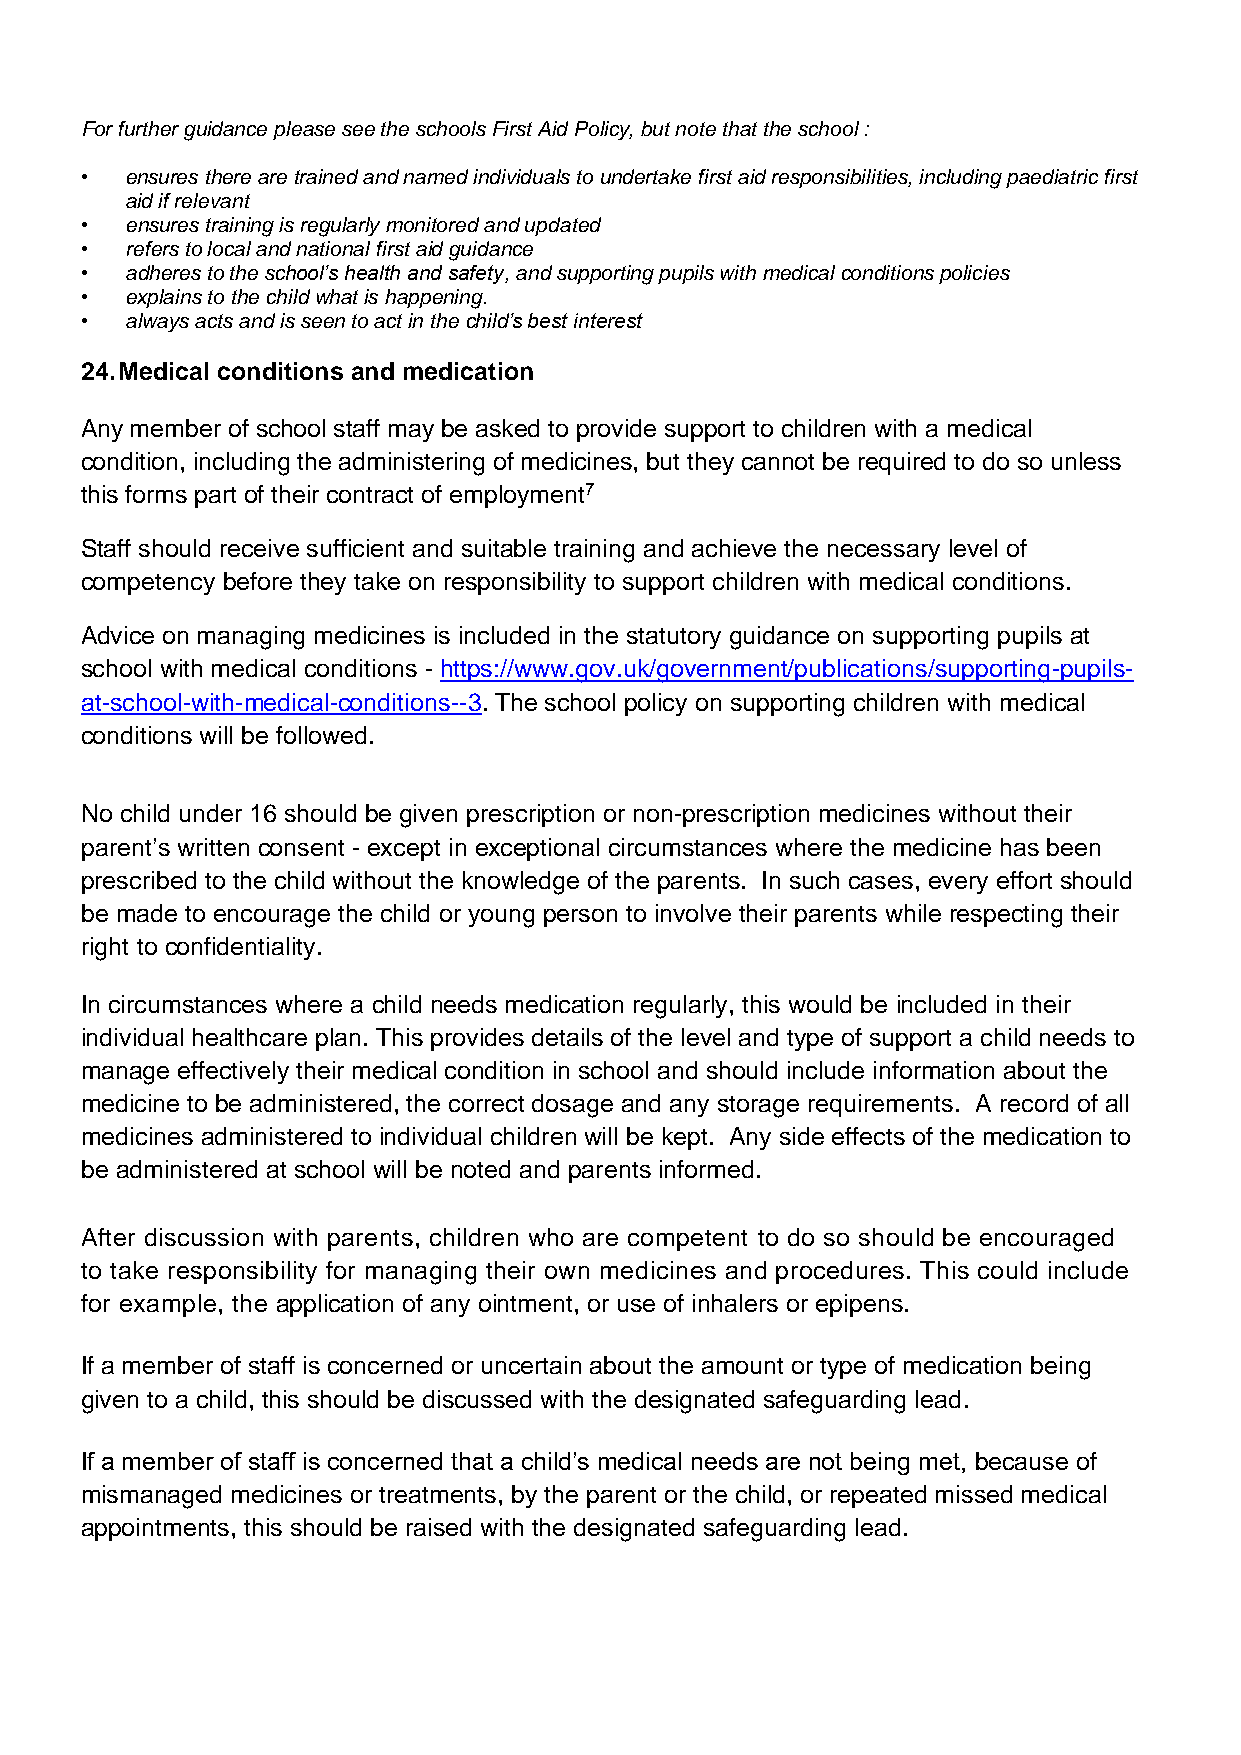
For further guidance please see the schools First Aid Policy, but note that the school :
 •  ensures there are trained and named individuals to undertake first aid responsibilities, including paediatric first
 aid if relevant
 •  ensures training is regularly monitored and updated
 •  refers to local and national first aid guidance
 •  adheres to the school’s health and safety, and supporting pupils with medical conditions policies
 •  explains to the child what is happening.
 •  always acts and is seen to act in the child’s best interest
 24. Medical conditions and medication
 Any member of school staff may be asked to provide support to children with a medical
 condition, including the administering of medicines, but they cannot be required to do so unless
 this forms part of their contract of employment7
 Staff should receive sufficient and suitable training and achieve the necessary level of
 competency before they take on responsibility to support children with medical conditions.
 Advice on managing medicines is included in the statutory guidance on supporting pupils at
 school with medical conditions - https://www.gov.uk/government/publications/supporting-pupils-
 at-school-with-medical-conditions--3. The school policy on supporting children with medical
 conditions will be followed.
 No child under 16 should be given prescription or non-prescription medicines without their
 parent’s written consent - except in exceptional circumstances where the medicine has been
 prescribed to the child without the knowledge of the parents. In such cases, every effort should
 be made to encourage the child or young person to involve their parents while respecting their
 right to confidentiality.
 In circumstances where a child needs medication regularly, this would be included in their
 individual healthcare plan. This provides details of the level and type of support a child needs to
 manage effectively their medical condition in school and should include information about the
 medicine to be administered, the correct dosage and any storage requirements. A record of all
 medicines administered to individual children will be kept. Any side effects of the medication to
 be administered at school will be noted and parents informed.
 After discussion with parents, children who are competent to do so should be encouraged
 to take responsibility for managing their own medicines and procedures. This could include
 for example, the application of any ointment, or use of inhalers or epipens.
 If a member of staff is concerned or uncertain about the amount or type of medication being
 given to a child, this should be discussed with the designated safeguarding lead.
 If a member of staff is concerned that a child’s medical needs are not being met, because of
 mismanaged medicines or treatments, by the parent or the child, or repeated missed medical
 appointments, this should be raised with the designated safeguarding lead.